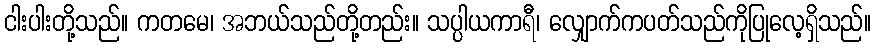
ငါးပါးတို့သည်။ ကတမေ၊ အဘယ်သည်တို့တည်း။ သပ္ပါယကာရီ၊ လျှောက်ကပတ်သည်ကိုပြုလေ့ရှိသည်။